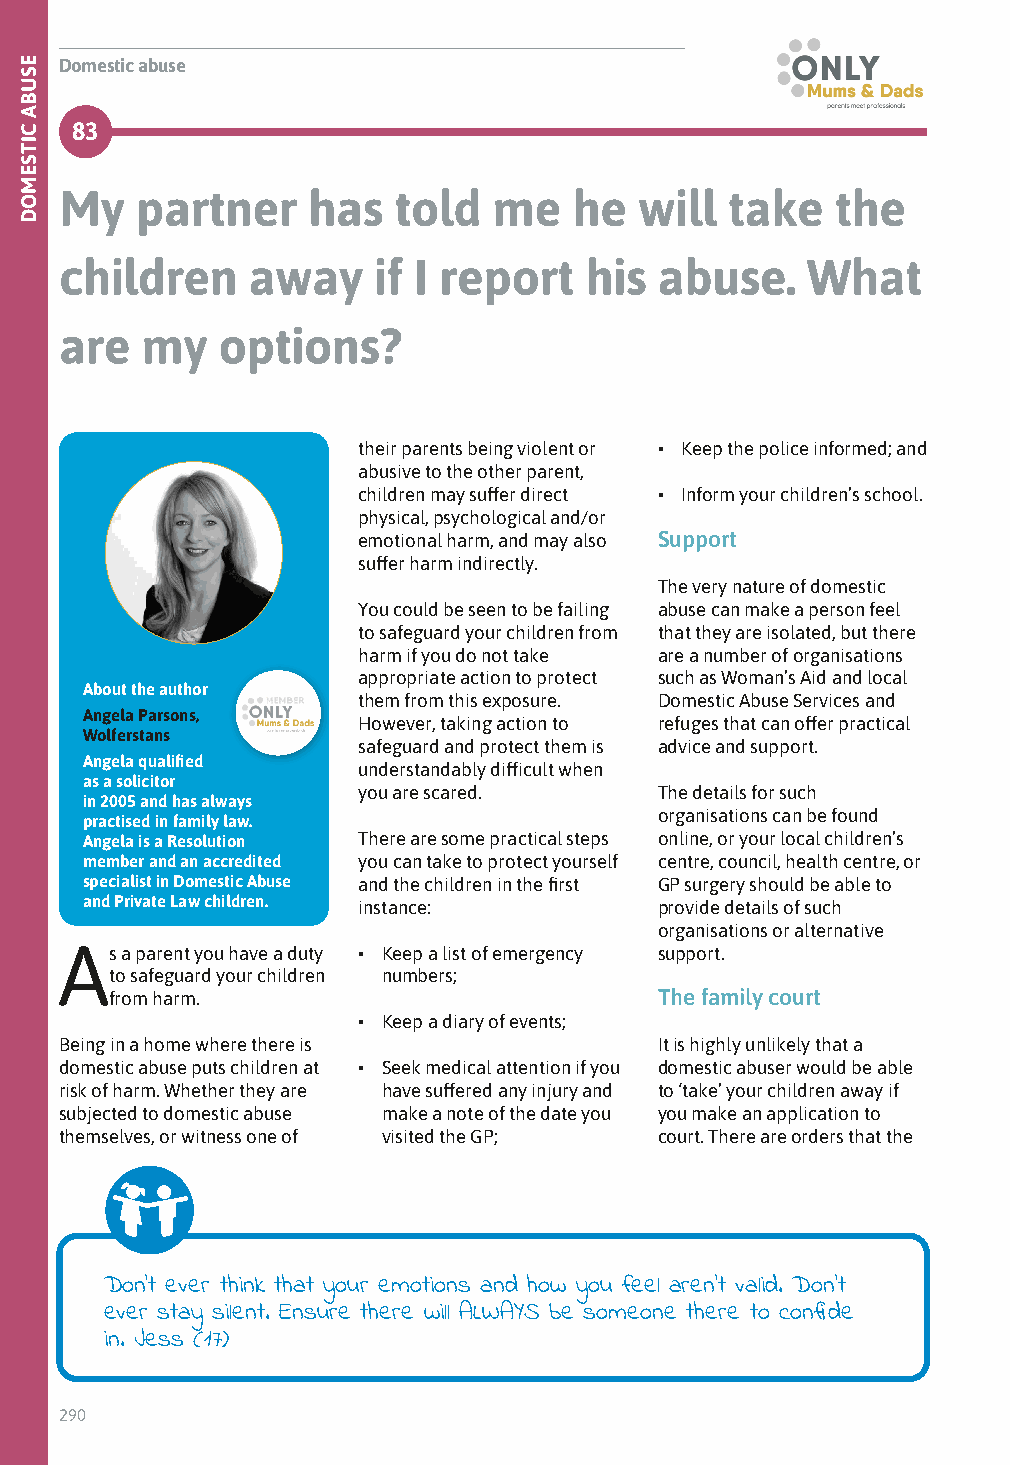
Domestic abuse
 83
 My   partner    has   told   me   he  will  take   the
 children    away     if I report   his  abuse.   What
 are  my   options?
 their parents being violent or • Keep the police informed; and
 abusive to the other parent,
 children may suffer direct • Inform your children’s school.
 physical, psychological and/or
 emotional harm, and may also Support
 suffer harm indirectly.
 The very nature of domestic
 You could be seen to be failing abuse can make a person feel
 to safeguard your children from that they are isolated, but there
 harm if you do not take are a number of organisations
 appropriate action to protect such as Woman’s Aid and local
 About the author
 them from this exposure. Domestic Abuse Services and
 Angela Parsons,
 However, taking action to refuges that can offer practical
 Wolferstans
 safeguard and protect them is advice and support.
 Angela qualified
 understandably difficult when
 as a solicitor
 you are scared.     The details for such
 in 2005 and has always
 organisations can be found
 practised in family law.
 Angela is a Resolution There are some practical steps online, or your local children’s
 member and an accredited you can take to protect yourself centre, council, health centre, or
 specialist in Domestic Abuse and the children in the first GP surgery should be able to
 and Private Law children. instance:    provide details of such
 organisations or alternative
 As  a parent you have a duty • Keep a list of emergency support.
 to safeguard your children numbers;
 from harm.                           The family court
 • Keep a diary of events;
 Being in a home where there is          It is highly unlikely that a
 domestic abuse puts children at • Seek medical attention if you domestic abuser would be able
 risk of harm. Whether they are have suffered any injury and to ‘take’ your children away if
 subjected to domestic abuse make a note of the date you you make an application to
 themselves, or witness one of visited the GP; court. There are orders that the
 Don’t ever think that your emotions and how you feel aren’t valid. Don’t
 ever stay silent. Ensure there will ALWAYS be someone there to confide
 in. Jess (17)
 290
 ESUBA
 CITSEMOD